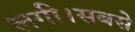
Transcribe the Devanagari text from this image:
लगी।सबसे